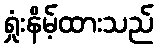
ရှုံးနိမ့်ထားသည်